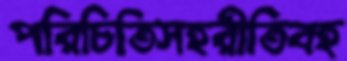
পরিচিতিসহরীতিবহ